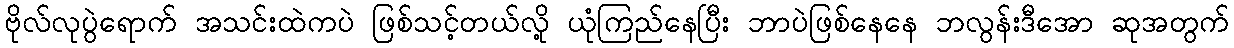
ဗိုလ်လုပွဲရောက် အသင်းထဲကပဲ ဖြစ်သင့်တယ်လို့ ယုံကြည်နေပြီး ဘာပဲဖြစ်နေနေ ဘလွန်းဒီအော ဆုအတွက်